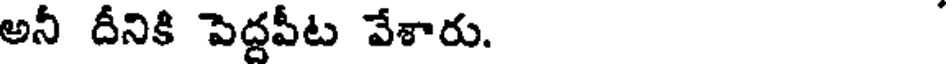
అనీ దీనికి పెద్దపీట వేశారు.